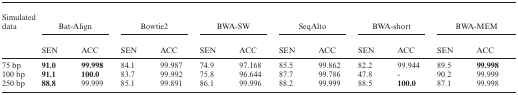
<table><thead><tr><td><b>Simulated data</b></td><td colspan="2"><b>Bat-Align</b></td><td colspan="2"><b>Bowtie2</b></td><td colspan="2"><b>BWA-SW</b></td><td colspan="2"><b>SeqAlto</b></td><td colspan="2"><b>BWA-short</b></td><td colspan="2"><b>BWA-MEM</b></td></tr><tr><td></td><td><b>SEN</b></td><td><b>ACC</b></td><td><b>SEN</b></td><td><b>ACC</b></td><td><b>SEN</b></td><td><b>ACC</b></td><td><b>SEN</b></td><td><b>ACC</b></td><td><b>SEN</b></td><td><b>ACC</b></td><td><b>SEN</b></td><td><b>ACC</b></td></tr></thead><tbody><tr><td>75 bp</td><td><b>91.0</b></td><td><b>99.998</b></td><td>84.1</td><td>99.987</td><td>74.9</td><td>97.168</td><td>85.5</td><td>99.862</td><td>82.2</td><td>99.944</td><td>89.5</td><td><b>99.998</b></td></tr><tr><td>100 bp</td><td><b>91.1</b></td><td><b>100.0</b></td><td>83.7</td><td>99.992</td><td>75.8</td><td>96.644</td><td>87.7</td><td>99.786</td><td>47.8</td><td>-</td><td>90.2</td><td>99.999</td></tr><tr><td>250 bp</td><td><b>88.8</b></td><td>99.999</td><td>85.1</td><td>99.891</td><td>86.1</td><td>99.996</td><td>88.2</td><td>99.999</td><td>88.5</td><td><b>100.0</b></td><td>87.1</td><td>99.998</td></tr></tbody></table>